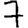
Digit: 7